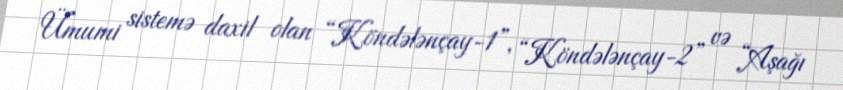
Ümumi sistemə daxil olan “Köndələnçay-1”, “Köndələnçay-2” və “Aşağı